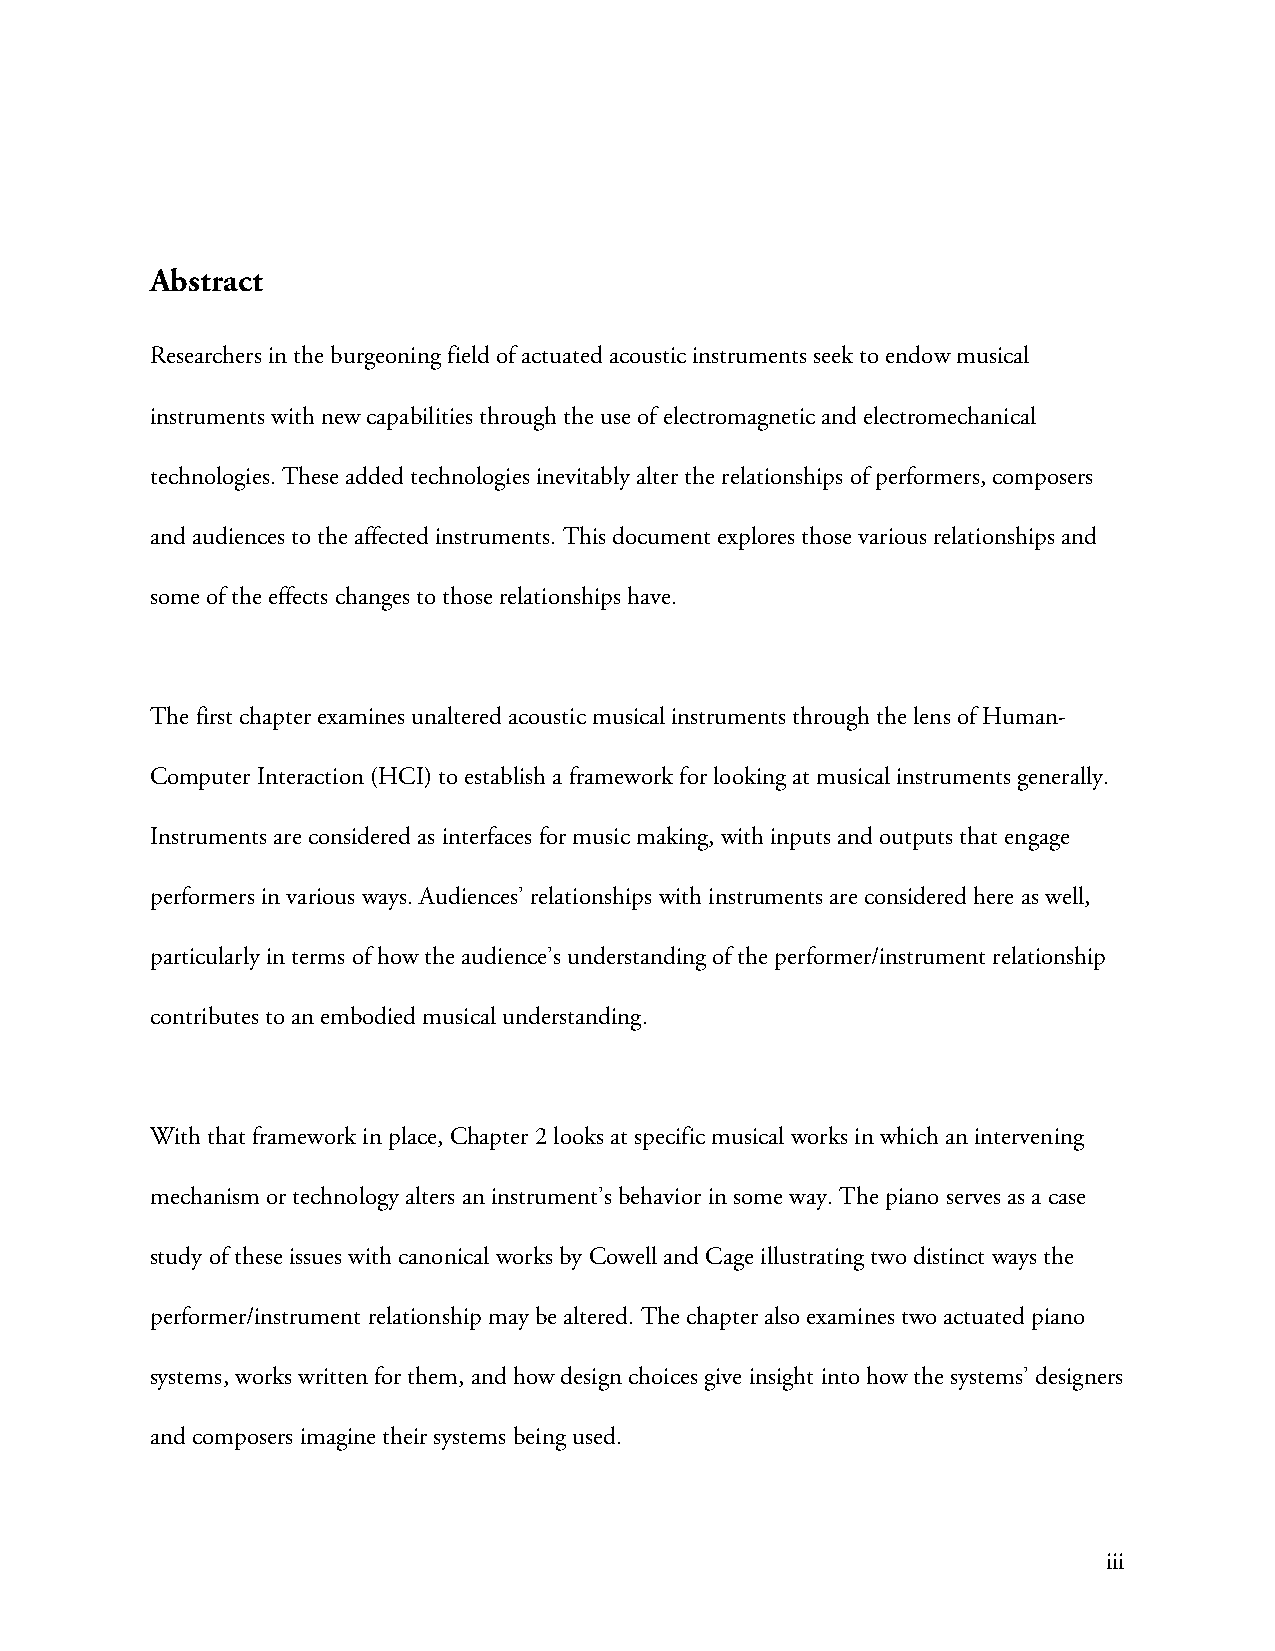
Abstract
 Researchers in the burgeoning field of actuated acoustic instruments seek to endow musical
 instruments with new capabilities through the use of electromagnetic and electromechanical
 technologies. These added technologies inevitably alter the relationships of performers, composers
 and audiences to the affected instruments. This document explores those various relationships and
 some of the effects changes to those relationships have.
 The first chapter examines unaltered acoustic musical instruments through the lens of Human-
 Computer Interaction (HCI) to establish a framework for looking at musical instruments generally.
 Instruments are considered as interfaces for music making, with inputs and outputs that engage
 performers in various ways. Audiences’ relationships with instruments are considered here as well,
 particularly in terms of how the audience’s understanding of the performer/instrument relationship
 contributes to an embodied musical understanding.
 With that framework in place, Chapter 2 looks at specific musical works in which an intervening
 mechanism or technology alters an instrument’s behavior in some way. The piano serves as a case
 study of these issues with canonical works by Cowell and Cage illustrating two distinct ways the
 performer/instrument relationship may be altered. The chapter also examines two actuated piano
 systems, works written for them, and how design choices give insight into how the systems’ designers
 and composers imagine their systems being used.
 iii